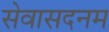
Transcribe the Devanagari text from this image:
सेवासदनम